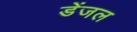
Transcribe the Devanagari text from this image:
डेंजल